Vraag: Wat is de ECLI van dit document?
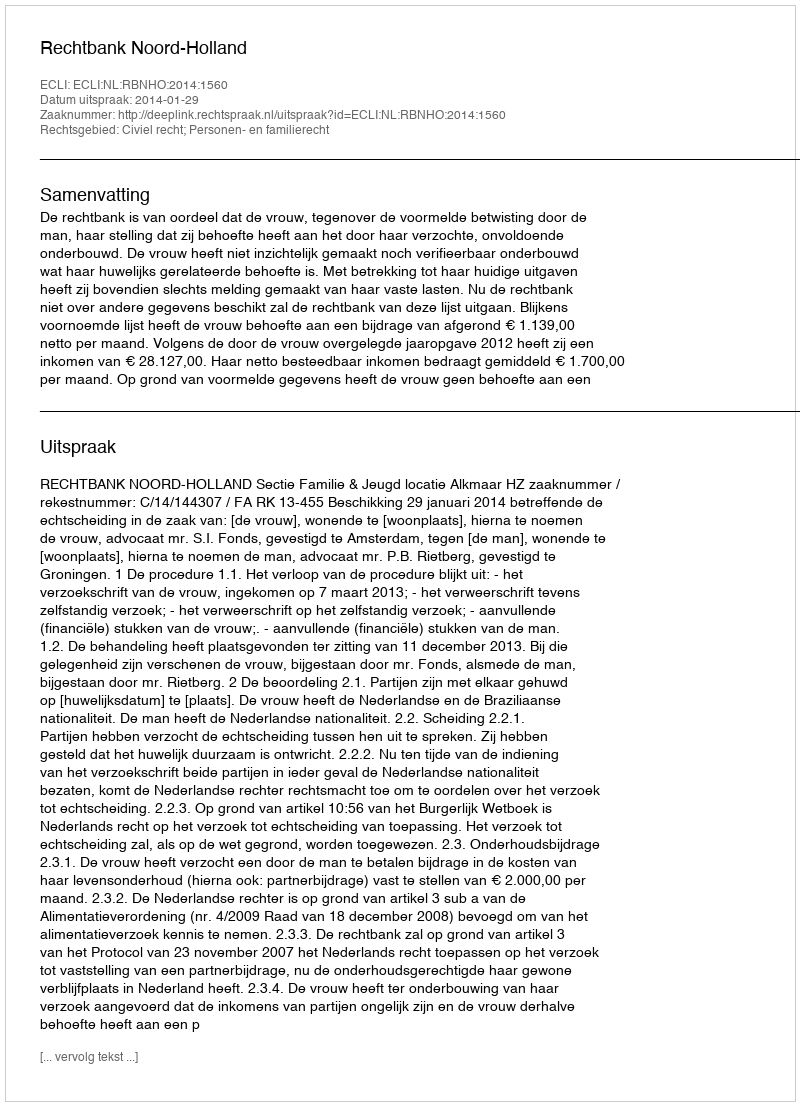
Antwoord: ECLI:NL:RBNHO:2014:1560